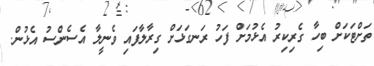
ތަށްޓަކަށް ބިހާ ގެރިކިރު އެޅުމަށް ފަހު ރަނގަޅަށް ގިރާލާފައި ވެނީލާ އެސެންސު އެޅުން.